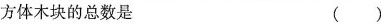
方体木块的总数是（）